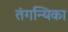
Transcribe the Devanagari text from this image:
तंगन्यिका